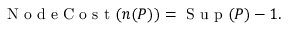
\begin{array} { r } { \mathrm { ~ N ~ o ~ d ~ e ~ C ~ o ~ s ~ t ~ } ( n ( P ) ) = \mathrm { ~ S ~ u ~ p ~ } ( P ) - 1 . } \end{array}